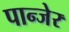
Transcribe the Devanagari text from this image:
पान्जेर